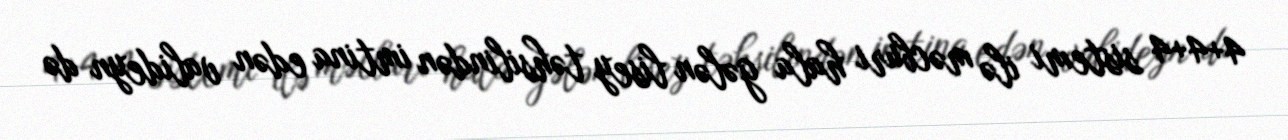
4+4+4 sistemi ilə məcburi hala gələn lisey təhsilindən imtina edən valideyn də